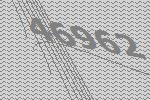
46962